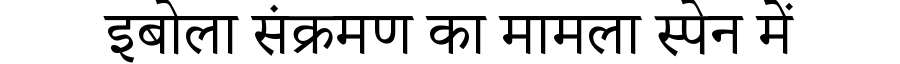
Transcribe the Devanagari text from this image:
इबोला संक्रमण का मामला स्पेन में